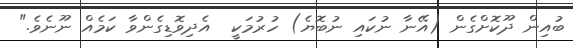
ބުއިން ދޫކޮށްގެން (އޭނާ ނުކައި ނުބޮޔެ) ހުރުމަކީ  އެދިވޮޑިގެންވާ ކަމެއް ނޫނެވެ."